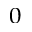
_ 0